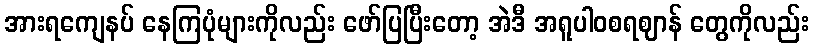
အားရကျေနပ် နေကြပုံများကိုလည်း ဖော်ပြပြီးတော့ အဲဒီ အရူပါဝစရဈာန် တွေကိုလည်း